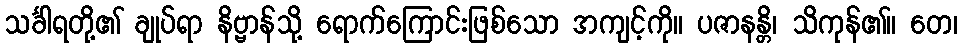
သင်္ခါရတို့၏ ချုပ်ရာ နိဗ္ဗာန်သို့ ရောက်ကြောင်းဖြစ်သော အကျင့်ကို။ ပဇာနန္တိ၊ သိကုန်၏။ တေ၊